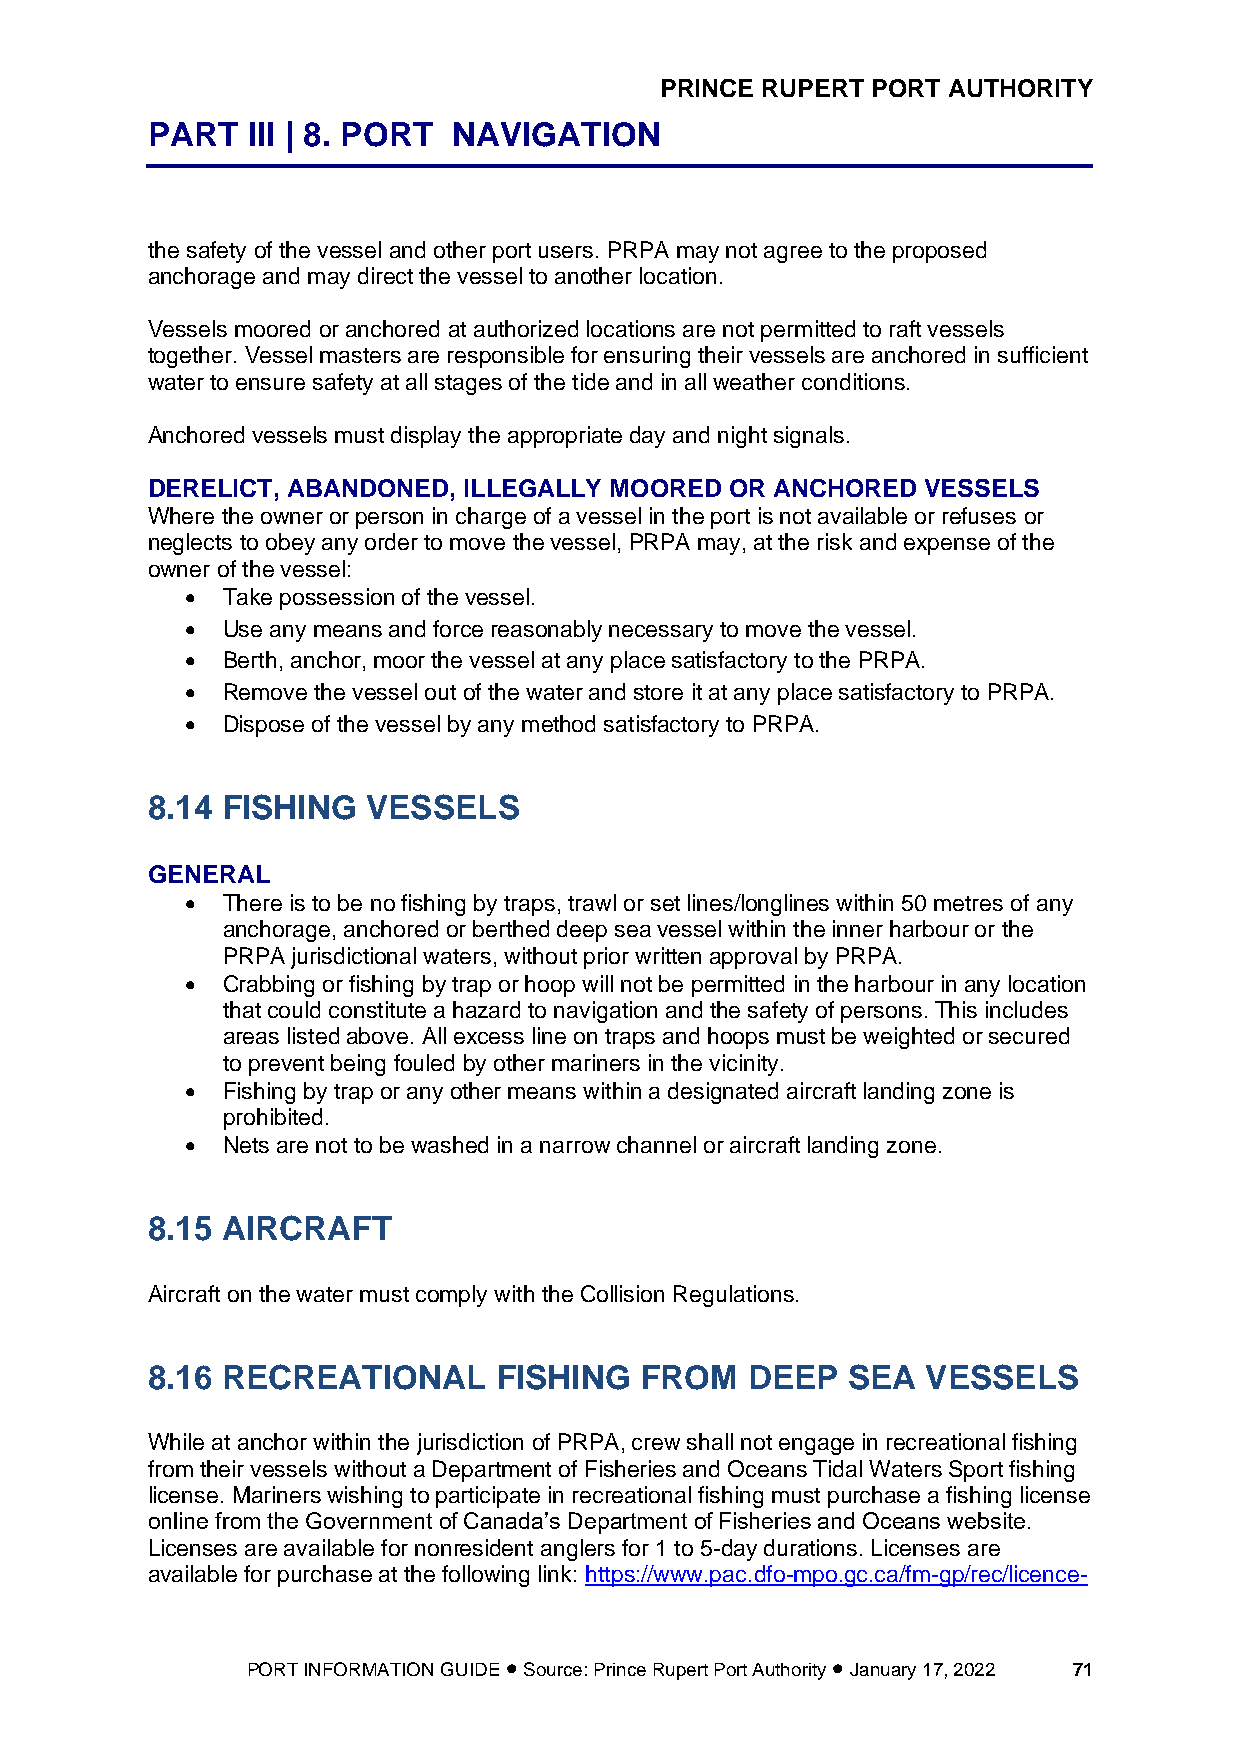
PRINCE RUPERT PORT AUTHORITY
 PART  III | 8. PORT NAVIGATION
 the safety of the vessel and other port users. PRPA may not agree to the proposed
 anchorage and may direct the vessel to another location.
 Vessels moored or anchored at authorized locations are not permitted to raft vessels
 together. Vessel masters are responsible for ensuring their vessels are anchored in sufficient
 water to ensure safety at all stages of the tide and in all weather conditions.
 Anchored vessels must display the appropriate day and night signals.
 DERELICT, ABANDONED, ILLEGALLY MOORED OR ANCHORED  VESSELS
 Where the owner or person in charge of a vessel in the port is not available or refuses or
 neglects to obey any order to move the vessel, PRPA may, at the risk and expense of the
 owner of the vessel:
 •  Take possession of the vessel.
 •  Use any means and force reasonably necessary to move the vessel.
 •  Berth, anchor, moor the vessel at any place satisfactory to the PRPA.
 •  Remove the vessel out of the water and store it at any place satisfactory to PRPA.
 •  Dispose of the vessel by any method satisfactory to PRPA.
 8.14 FISHING  VESSELS
 GENERAL
 •  There is to be no fishing by traps, trawl or set lines/longlines within 50 metres of any
 anchorage, anchored or berthed deep sea vessel within the inner harbour or the
 PRPA jurisdictional waters, without prior written approval by PRPA.
 •  Crabbing or fishing by trap or hoop will not be permitted in the harbour in any location
 that could constitute a hazard to navigation and the safety of persons. This includes
 areas listed above. All excess line on traps and hoops must be weighted or secured
 to prevent being fouled by other mariners in the vicinity.
 •  Fishing by trap or any other means within a designated aircraft landing zone is
 prohibited.
 •  Nets are not to be washed in a narrow channel or aircraft landing zone.
 8.15 AIRCRAFT
 Aircraft on the water must comply with the Collision Regulations.
 8.16 RECREATIONAL      FISHING  FROM   DEEP   SEA  VESSELS
 While at anchor within the jurisdiction of PRPA, crew shall not engage in recreational fishing
 from their vessels without a Department of Fisheries and Oceans Tidal Waters Sport fishing
 license. Mariners wishing to participate in recreational fishing must purchase a fishing license
 online from the Government of Canada’s Department of Fisheries and Oceans website.
 Licenses are available for nonresident anglers for 1 to 5-day durations. Licenses are
 available for purchase at the following link: https://www.pac.dfo-mpo.gc.ca/fm-gp/rec/licence-
 PORT INFORMATION GUIDE • Source: Prince Rupert Port Authority • January 17, 2022 71